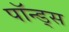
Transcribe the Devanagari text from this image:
पॉन्ड्स